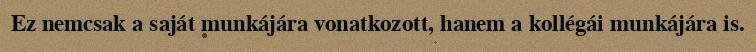
Ez nemcsak a saját munkájára vonatkozott, hanem a kollégái munkájára is.